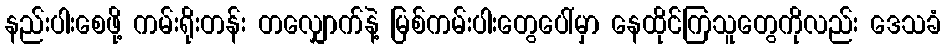
နည်းပါးစေဖို့ ကမ်းရိုးတန်း တလျှောက်နဲ့ မြစ်ကမ်းပါးတွေပေါ်မှာ နေထိုင်ကြသူတွေကိုလည်း ဒေသခံ